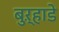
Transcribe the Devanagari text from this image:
बुऱ्हाडे